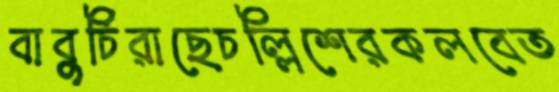
বাবুর্চিরাছেচল্লিশেরকলবেত